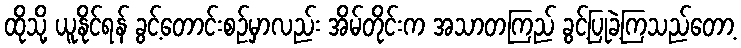
ထိုသို့ ယူနိုင်ရန် ခွင့်တောင်းစဉ်မှာလည်း အိမ်တိုင်းက အသာတကြည် ခွင့်ပြုခဲ့ကြသည်တော့